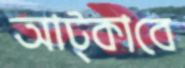
আট্‌কাবে